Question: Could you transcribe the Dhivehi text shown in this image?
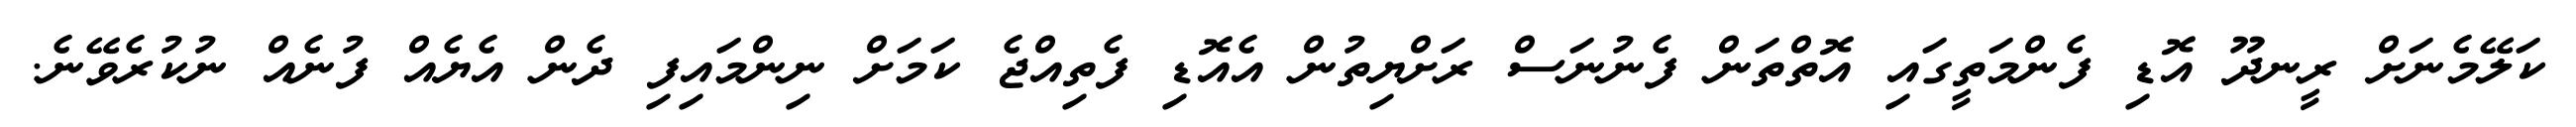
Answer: ކަލޭމެނަށް ރީނދޫ އޮޑި ފެންމަތީގައި އޮތްތަން ފެނުނަސް ރަށްޔިތުން އެއޮޑި ފެތިއްޖެ ކަމަށް ނިންމައިފި ދެން އެޔެއް ފުނެއް ނުކުރެވޭނެ.